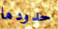
حدودها